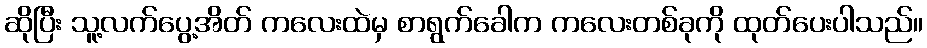
ဆိုပြီး သူ့လက်ပွေ့အိတ် ကလေးထဲမှ စာရွက်ခေါက ကလေးတစ်ခုကို ထုတ်ပေးပါသည်။